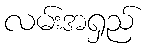
လမ်းအရှည်